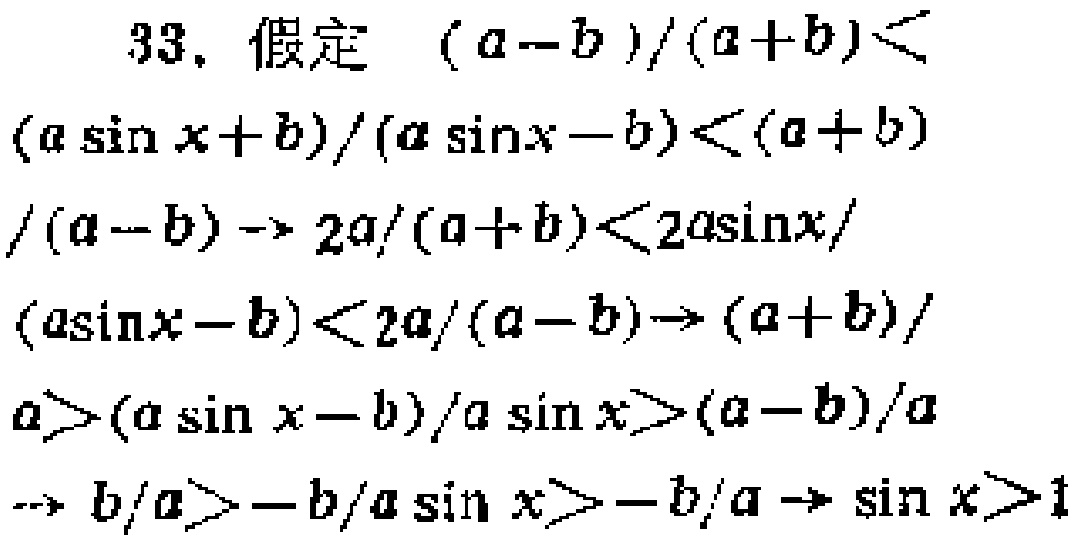
33. 假定 \((a - b)/(a + b)<(a\sin x + b)/(a\sin x - b)<(a + b)/(a - b)\rightarrow 2a/(a + b)<2a\sin x/(a\sin x - b)<2a/(a - b)\rightarrow (a + b)/a>(a\sin x - b)/a\sin x>(a - b)/a\rightarrow b/a>-b/a\sin x>-b/a\rightarrow \sin x>1\)